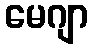
မေဂျာ